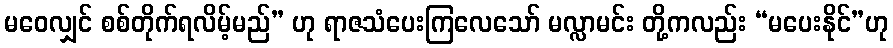
မဝေလျှင် စစ်တိုက်ရလိမ့်မည်” ဟု ရာဇသံပေးကြလေသော် မလ္လာမင်း တို့ကလည်း “မပေးနိုင်”ဟု